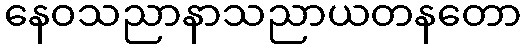
နေဝသညာနာသညာယတနတော